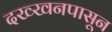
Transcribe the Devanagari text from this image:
दख्खनपासून